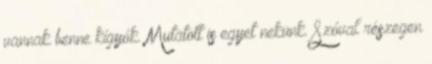
vannak benne kígyók. Mutatott is egyet nekünk. Szóval részegen